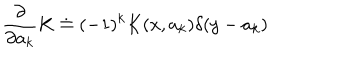
{ \frac { \partial } { \partial a _ { k } } } K \doteq ( - 1 ) ^ { k } K ( x , a _ { k } ) \delta ( y - a _ { k } )